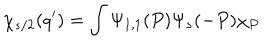
\chi _ { s / 2 } ( q ^ { \prime } ) = \int \Psi _ { 1 , 1 } ( P ) \Psi _ { s } ( - P ) \chi _ { P }